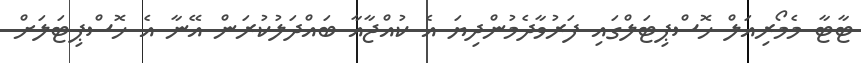
ޓާޓާ މެމޯރިއަލް ހޮސްޕިޓަލްގައި ފަރުވާދެމުންދިޔަ އެ ކުއްޖާއާ ބައްދަލުކުރަން އޭނާ އެ ހޮސްޕިޓަލަށް